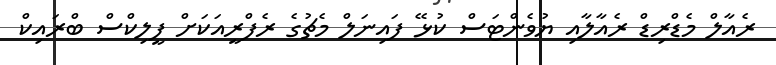
ރެއާލް މެޑްރިޑް ރެއާލާއި ޔުވެންޓަސް ކުޅޭ ފައިނަލް މެޗުގެ ރެފްރީއަކަށް ފީލިކްސް ބްރައިކް